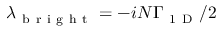
\lambda _ { \mathrm { ~ b ~ r ~ i ~ g ~ h ~ t ~ } } = - i N \Gamma _ { \mathrm { ~ 1 ~ D ~ } } / 2